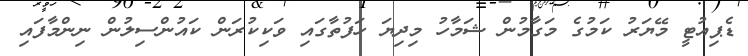
ޑެޕިއުޓީ މޭޔަރު ކަމުގެ މަގާމުން ޝަމާހު މިދިޔަ ހަފުތާގައި ވަކިކުރަން ކައުންސިލުން ނިންމާފައި